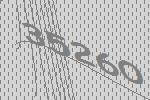
35260